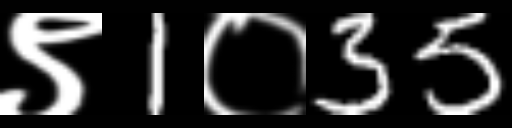
Text: ९1०35